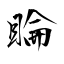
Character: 睔